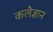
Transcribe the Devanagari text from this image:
कलैज्ञान